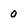
Character: 0